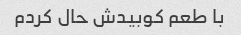
با طعم کوبیدش حال کردم